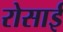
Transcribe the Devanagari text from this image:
रोसाई